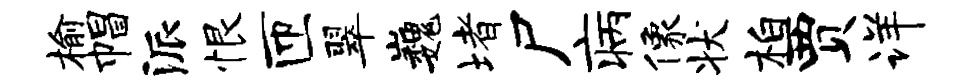
榆帽派恨匝翠巍堵尸病像状柏贾详